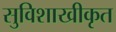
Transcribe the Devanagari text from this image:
सुविशाखीकृत